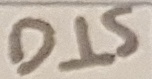
Text: DIS